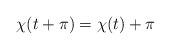
LaTeX: \begin{align*}\chi(t+\pi) = \chi(t)+\pi\end{align*}